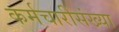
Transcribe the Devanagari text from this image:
कर्मचारीसंख्या